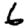
Digit: 6